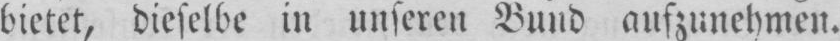
bietet, dieselbe in unseren Bund aufzunehmen.